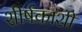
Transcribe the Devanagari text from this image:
शीर्षकाशी